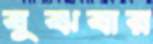
বুঝবার